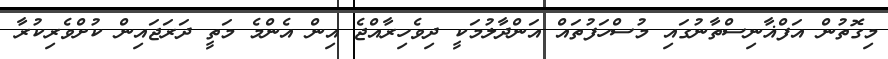
މިގޮތުން އަފްޣާނިސްތާނުގައި މުސްހަފުތައް އަންދާލުމަކީ ދިވެހިރާއްޖެ އިން އެންމެ މަތީ ދަރަޖައިން ކުށްވެރިކުރާ